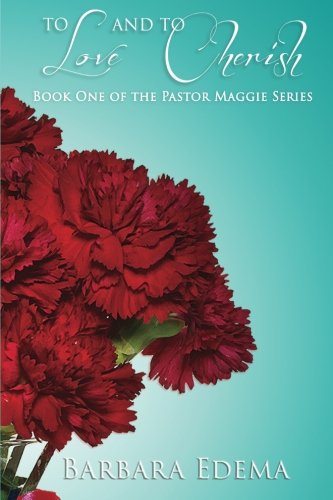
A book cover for To Love and To Cherish (The Pastor Maggie Series) (Volume 1); Barbara Edema; Romance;